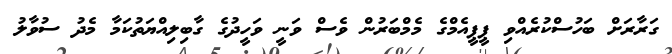
ގަރާރަށް ބަހުސްކުރެއްވި ޕީޕީއެމްގެ މެމްބަރުން ވެސް ވަނީ ވަހީދުގެ ގާބިލިއްޔަތުކަމާ މެދު ސުވާލު